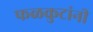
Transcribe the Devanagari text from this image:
फळकुटांनी